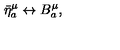
\bar { \eta } _ { a } ^ { \mu } \leftrightarrow B _ { a } ^ { \mu } ,